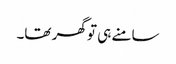
سامنے ہی تو گھر تھا۔